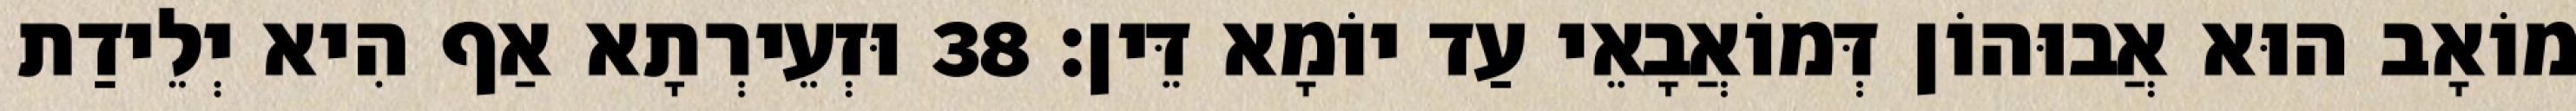
מוֹאָב הוּא אֲבוּהוֹן דְּמוֹאֲבָאֵי עַד יוֹמָא דֵּין׃ 38 וּזְעֵירְתָא אַף הִיא יְלֵידַת